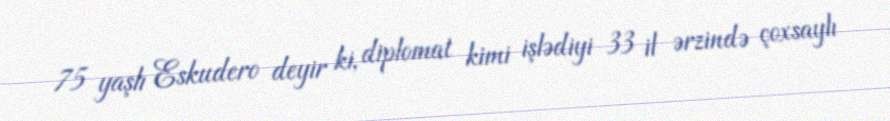
75 yaşlı Eskudero deyir ki, diplomat kimi işlədiyi 33 il ərzində çoxsaylı